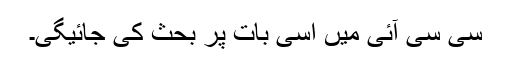
سی سی آئی میں اسی بات پر بحث کی جائیگی۔